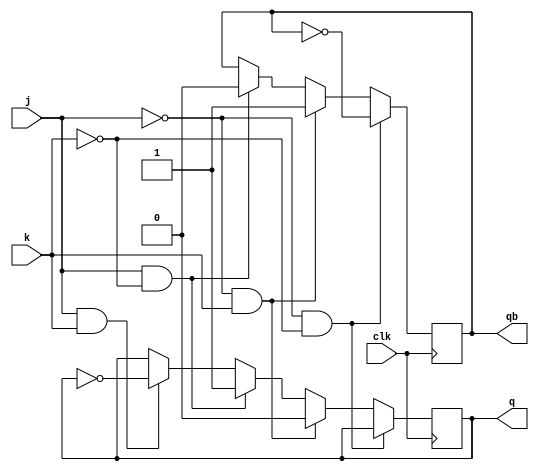
`timescale 1ns / 1ps

module jk_ff(
    output reg q,
    output reg qb,
    input j,
    input k,
    input clk
);
    always @(posedge clk) begin
        if (j == 0 && k == 0) begin
            q <= q;
            qb <= ~qb;
        end
        else if (j == 0 && k == 1) begin
            q <= 0;
            qb <= 1;
        end
        else if (j == 1 && k == 0) begin
            q <= 1;
            qb <= 0;
        end
        else if (j == 1 && k == 1) begin
            q <= ~q;
            qb <= qb;
        end
    end
endmodule

module D_by_jk(
    output q,
    output qbar,
    input D,
    input clk
);
    jk_ff jk_ff_1(q, qbar, D, ~D, clk);
endmodule